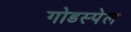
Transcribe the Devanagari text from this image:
गोडस्पेल